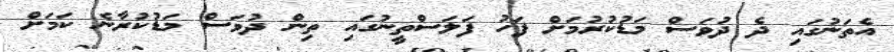
އެތަނުގައި ދެ ދުވަސް މަޑުކުރުމަށް ފަހު ފަލަސްތީނުގައި ތިން ދުވަސް މަޑުކުރާނެ ކަމަށް